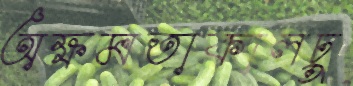
অক্ষমতাকালঢু